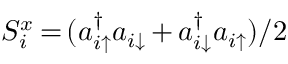
S _ { i } ^ { x } \, { = } \, ( a _ { i \uparrow } ^ { \dagger } a _ { i \downarrow } \, { + } \, a _ { i \downarrow } ^ { \dagger } a _ { i \uparrow } ) / 2